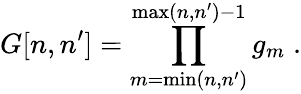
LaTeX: G[n,n^{\prime}]=\prod_{m=\operatorname*{min}(n,n^{\prime})}^{\operatorname*{max}(n,n^{\prime})-1}g_{m}\; .